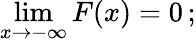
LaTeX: \operatorname*{lim}_{x\rightarrow-\infty}F(x)=0\, ;